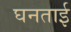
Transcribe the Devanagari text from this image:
घनताई